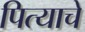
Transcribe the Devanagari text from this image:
पित्‍याचे